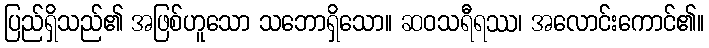
ပြည်ရှိသည်၏ အဖြစ်ဟူသော သဘောရှိသော။ ဆဝသရီရဿ၊ အလောင်းကောင်၏။